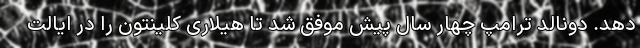
دهد. دونالد ترامپ چهار سال پیش موفق شد تا هیلاری کلینتون را در ایالت